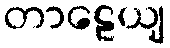
တာဠေယျ